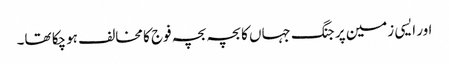
اور ایسی زمین پر جنگ جہاں کا بچہ بچہ فوج کا مخالف ہوچکا تھا۔